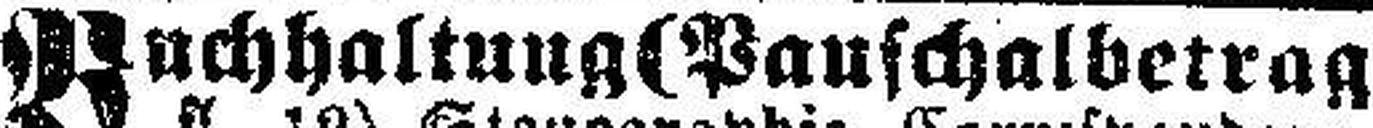
Buchhaltung (Pauschalbetrag